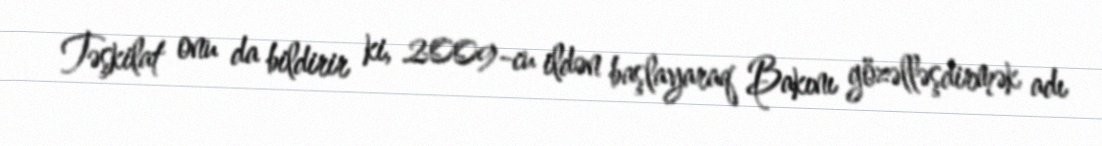
Təşkilat onu da bildirir ki, 2009-cu ildən başlayaraq Bakını gözəlləşdirmək adı